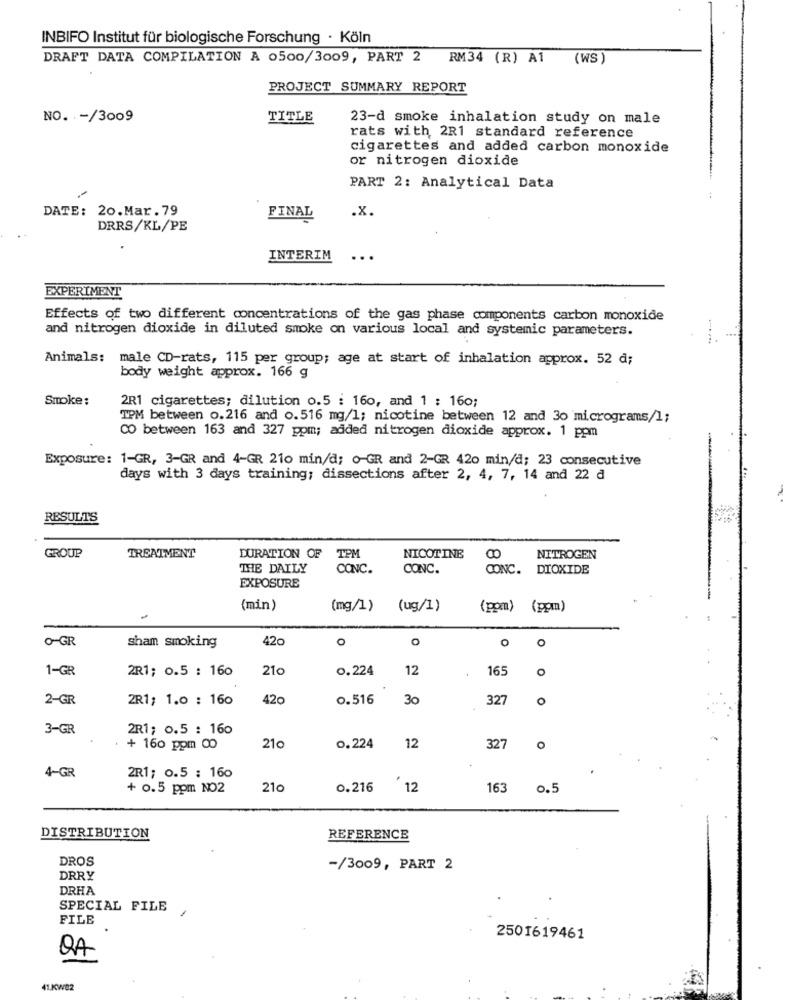
INBIFO Institut für biologische Forschung · Köln
DRAFT DATA COMPILATION A 0500/3009, PART 2
RM34 (R) A1
(WS)
PROJECT SUMMARY REPORT
NO .- /3009
TITLE
23-d smoke inhalation study on male
rats with 2R1 standard reference
cigarettes and added carbon monoxide
or nitrogen dioxide
PART 2: Analytical Data
DATE: 20.Mar.79
.x.
FINAL
DRRS/KL/PE
INTERIM
..
EXPERIMENT
Effects of two different concentrations of the gas phase components carbon monoxide
and nitrogen dioxide in diluted smoke on various local and systemic parameters.
Animals:
male CD-rats, 115 per group; age at start of inhalation approx. 52 d;
body weight approx. 166 g
Smoke:
2R1 cigarettes; dilution o.5 : 160, and 1 : 160;
TPM between o.216 and o.516 mg/l; nicotine between 12 and 30 micrograms/1;
CO between 163 and 327 ppm; added nitrogen dioxide approx. 1 ppm
Exposure: 1-GR, 3-GR and 4-GR 210 min/d; o-GR and 2-GR 420 min/d; 23 consecutive
days with 3 days training; dissections after 2, 4, 7, 14 and 22 d
RESULTS
TPM
GROUP
TREATMENT
DURATION OF
NICOTINE
NITROGEN
THE DAILY
CONC.
CONC.
CONC.
DIOXIDE
EXPOSURE
(min)
(mg/1)
(ug/1)
(pom) (ppm)
O-GR
sham smoking
420
O
o
O
o
1-GR
2R1; 0.5 : 160
21c
0.224
12
165
O
2-GR
2R1; 1.0 : 160
420
0.516
30
327
O
3-GR
2R1; 0.5 : 160
12
+ 160 ppm 00
210
0.224
327
O
4-GR
2R1; 0.5 : 160
+ 0.5 ppm NO2
210
0.216
12
163
0.5
DISTRIBUTION
REFERENCE
DROS
-/3009, PART 2
DRRY
DRHA
SPECIAL FILE
FILE
2501619461
QA
41.KW82